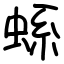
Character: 𧋬